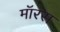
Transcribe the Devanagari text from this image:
मॉरस